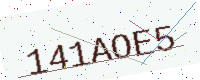
Text: 141AOE5